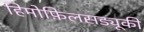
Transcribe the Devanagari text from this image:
हिमोफ़िलसड्यूकी